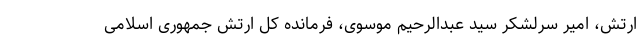
ارتش، امیر سرلشکر سید عبدالرحیم موسوی، فرمانده کل ارتش جمهوری اسلامی